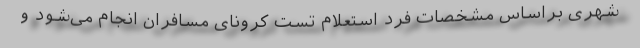
شهری براساس مشخصات فرد استعلام تست کرونای مسافران انجام می‌شود و